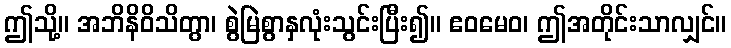
ဤသို့။ အဘိနိဝိသိတွာ၊ စွဲမြဲစွာနှလုံးသွင်းပြီး၍။ ဧဝမေဝ၊ ဤအတိုင်းသာလျှင်။